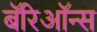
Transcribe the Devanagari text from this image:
बॅरिऑन्स